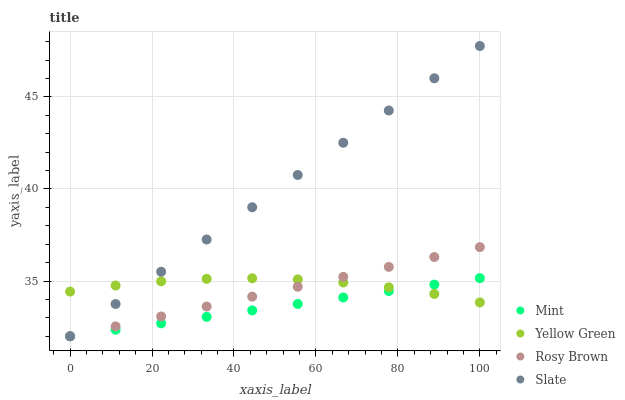
| xaxis_label | Mint | Yellow Green | Rosy Brown | Slate |
 | --- | --- | --- | --- | --- |
 | 0 | 32 | 34.4 | 32 | 32 |
 | 11.1 | 32.4 | 34.8 | 32.5 | 33.8 |
 | 22.2 | 32.7 | 35 | 33.1 | 35.5 |
 | 33.3 | 33.1 | 35.1 | 33.6 | 37.3 |
 | 44.4 | 33.4 | 35.2 | 34.2 | 39 |
 | 55.6 | 33.8 | 35.1 | 34.7 | 40.8 |
 | 66.7 | 34.1 | 34.9 | 35.2 | 42.5 |
 | 77.8 | 34.5 | 34.7 | 35.8 | 44.3 |
 | 88.9 | 34.8 | 34.3 | 36.3 | 46 |
 | 100 | 35.2 | 33.8 | 36.8 | 47.8 |